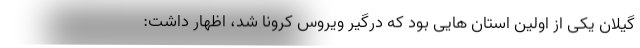
گیلان یکی از اولین استان هایی بود که درگیر ویروس کرونا شد، اظهار داشت: